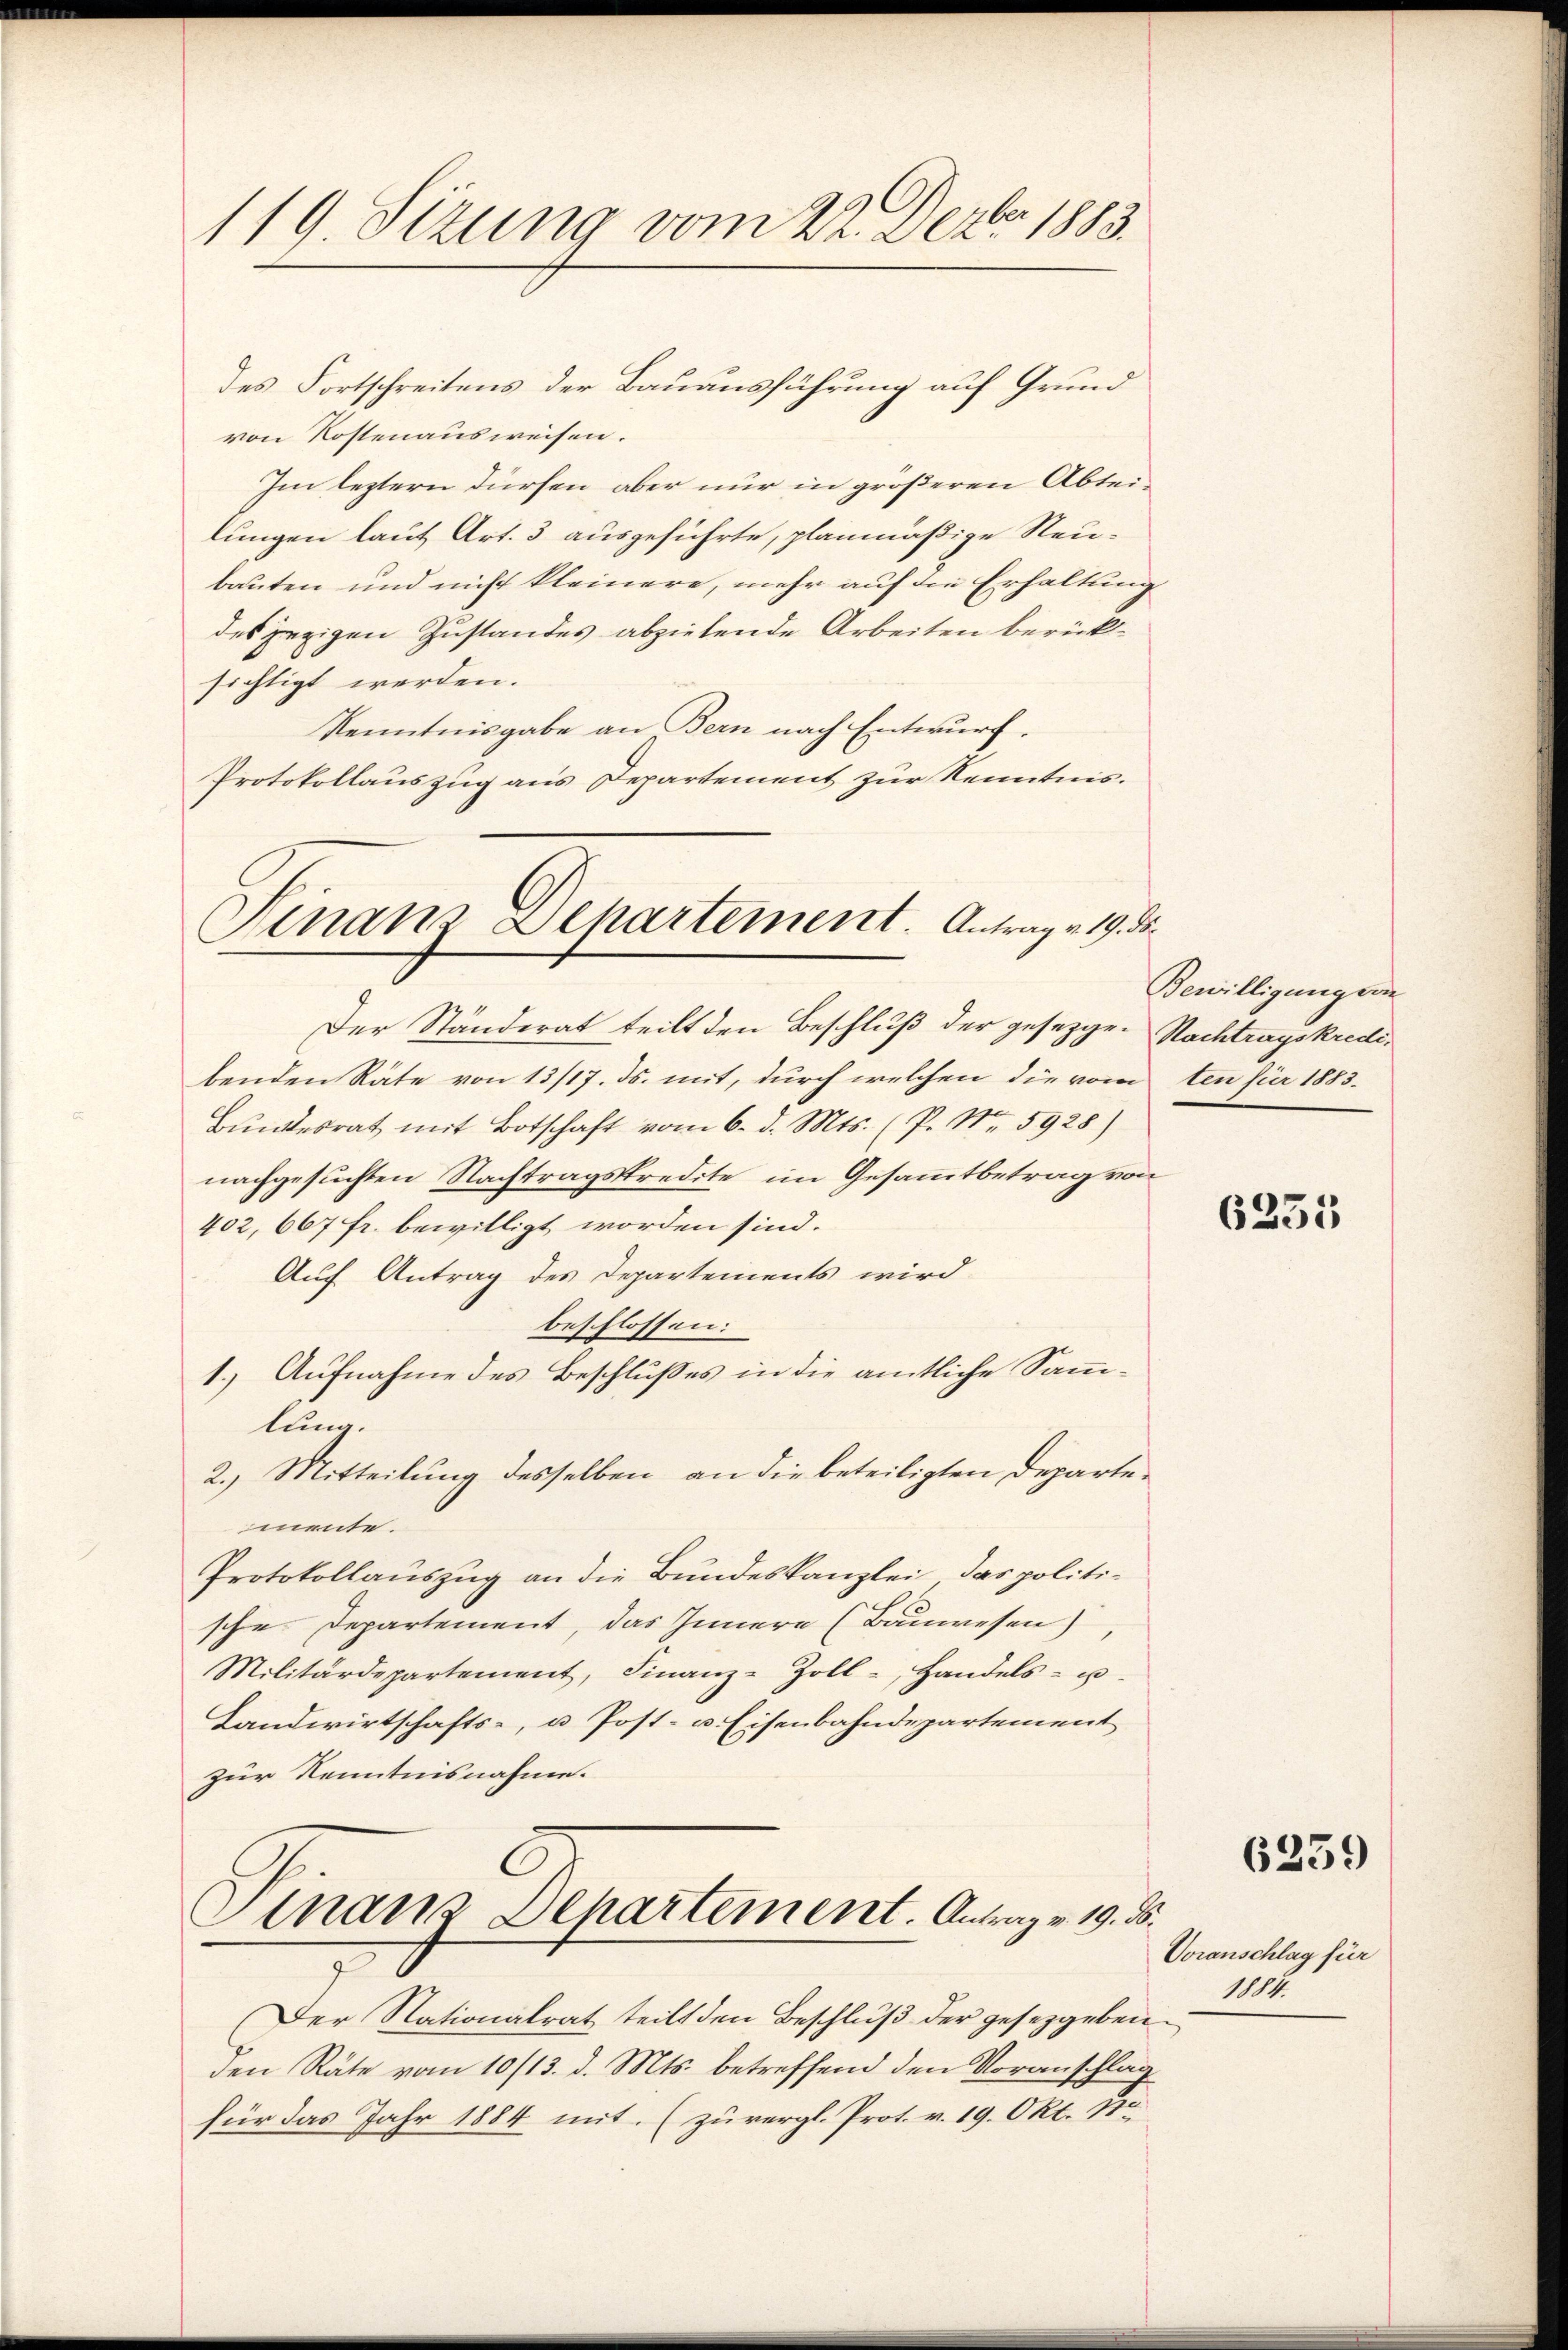
119. Sizung vom 22. Dezbr. 1883.

des Fortschreitens der Bauausführung auf Grund
von Kostenausweisen.
Im leztern dürfen aber nur in größeren Abteilungen laut Art. 3 ausgeführte, planmäßige Neubauten und nicht kleinere, mehr auf die Erhaltung
des jezigen Zustandes abziehende Arbeiten berück-
sichtigt werden.
Kenntnisgabe an Bern nach Entwurf.
Protokollauszug aus Departement zur Kenntnis.

Finanz-Departement. Antrag v. 19. ds.

Sinanz-Departement. Antrag v. 19. d.

Der Ständerat teilt den Beschluß der gesezgen Nachtragskredibenden Räte von 13/17. ds. mit, durch welchen die vom ten für 1883.
Bundesrat mit Botschaft vom 6. d. Mts. (P. Nr. 5928)
nachgesuchten Nachtragskredite im Gesammtbetrag von
402, 667 fr. bewilligt worden sind.
Auf Antrag des Departements wird
beschlossen:
1.) Aufnahme des Beschlußes in die amtliche Sammlung.
2.) Mitteilung desselben an die beteiligten Departemente.
Protokollauszug an die Bundeskanzlei, das politische Departement, das Innern (Bauwesen)
Militärdepartement, Finanz-Zoll - Handels- u
Landwirtschafts-, u. Post- u. Eisenbahndepartement
zur Kenntnisnahme.

Bewilligung von

Der Nationalrat teilt den Beschluß der gesetzgebenden Räte vom 10/13. d. Mts. betreffend den Voranschlag
für das Jahr 1884 mit. (zu vergl. Prot. v. 19. Okt. 1

.

6235

6259

Voranschlag für
1884.